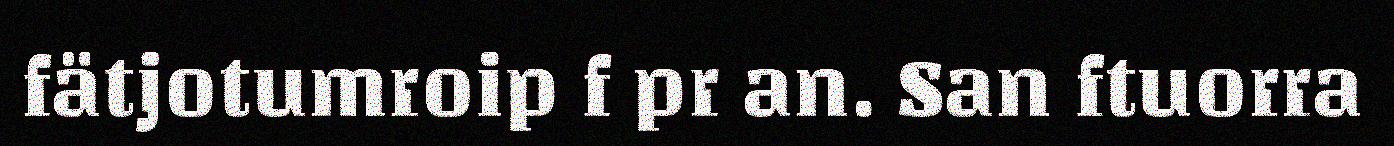
fätjotumroip f pr an. San ftuorra